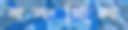
বকছিল